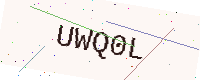
Text: UWQ0L